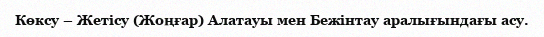
Көксу – Жетісу (Жоңғар) Алатауы мен Бежінтау аралығындағы асу.